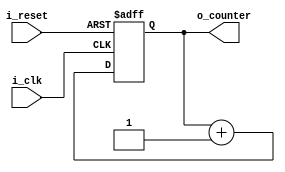
module counter_fnd(
    input i_clk,
    input i_reset,
    output [2:0] o_counter
    );

    reg[2:0] r_counter = 0;
    reg r_clk = 0;
    assign o_counter = r_counter;

    always @(posedge i_clk or posedge i_reset) begin
        if(i_reset) begin
            r_counter <= 0;
            r_clk <= 0;
        end
        else begin
            r_counter <= r_counter + 1;
        end
    end
endmodule